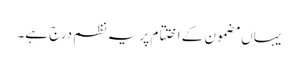
یہاں مضمون کے اختتام پر یہ نظم درج ہے۔